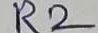
Text: R2